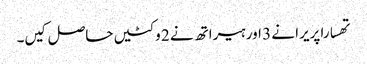
تھسارا پریرا نے 3 اور ہیراتھ نے 2 وکٹیں حاصل کیں۔